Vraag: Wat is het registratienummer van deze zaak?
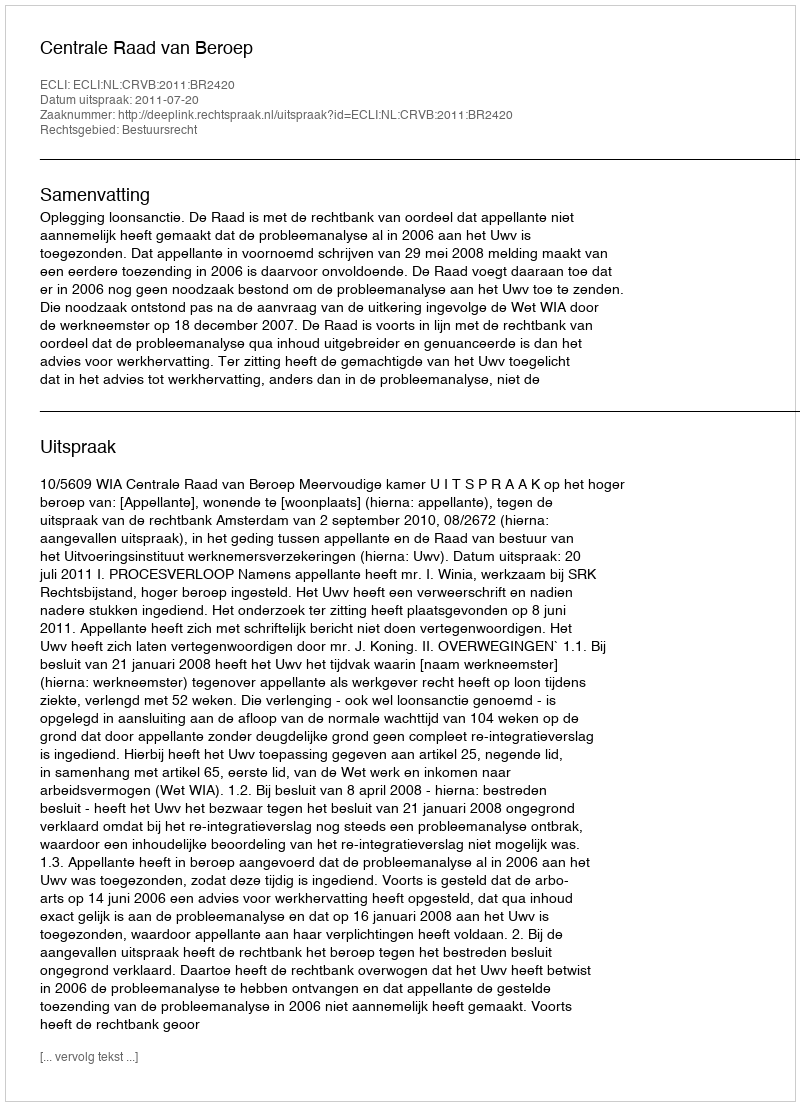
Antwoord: http://deeplink.rechtspraak.nl/uitspraak?id=ECLI:NL:CRVB:2011:BR2420